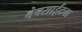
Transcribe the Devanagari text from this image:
वेबसाईटचा